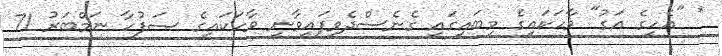
* "އެހީގެ އަގު" ވާހަކައިގެ މިބައިގައި ގެނެސްދެވިފައިވާނީ ވާހަކައިގެ ޞަފުހާ ނަމްބަރު 71